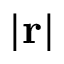
\left| \mathbf { r } \right|